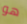
هو